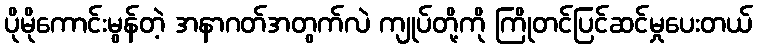
ပိုမိုကောင်းမွန်တဲ့ အနာဂတ်အတွက်လဲ ကျုပ်တို့ကို ကြိုတင်ပြင်ဆင်မှုပေးတယ်